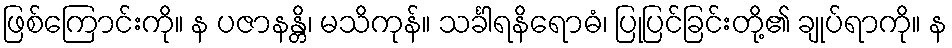
ဖြစ်ကြောင်းကို။ န ပဇာနန္တိ၊ မသိကုန်။ သင်္ခါရနိရောဓံ၊ ပြုပြင်ခြင်းတို့၏ ချုပ်ရာကို။ န